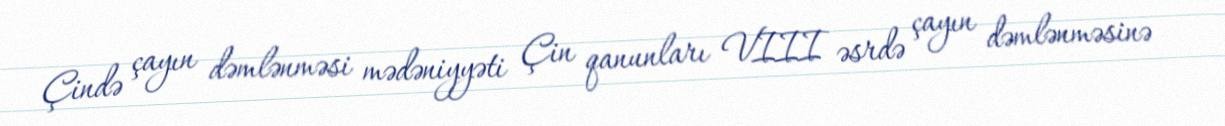
Çində çayın dəmlənməsi mədəniyyəti Çin qanunları VIII əsrdə çayın dəmlənməsinə